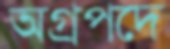
অগ্রপদে